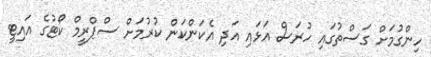
ހިންގުމަށް ގަސްތުގައި ހުރަސް އަޅައި އަދި އެކަންކަން ކުރުމަށް ސްޕްރީމް ކޯޓުގެ އައިޓީ